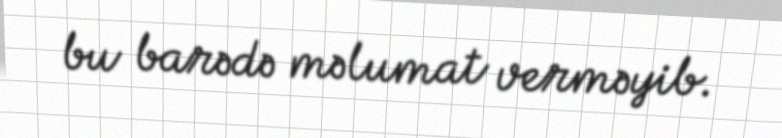
bu barədə məlumat verməyib.